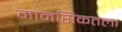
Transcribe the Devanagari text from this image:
मानसिकतला